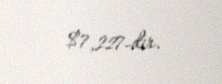
$7,227-dir.